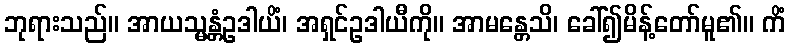
ဘုရားသည်။ အာယသ္မန္တံဥဒါယိံ၊ အရှင်ဥဒါယီကို။ အာမန္တေသိ၊ ခေါ်၍မိန့်တော်မူ၏။ ကိံ